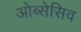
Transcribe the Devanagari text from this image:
ओब्सेसिव